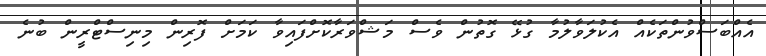
އެއްބަސްވުންތަކެއް އެކުލަވާލުމާ ގުޅޭ ގޮތުން ވެސް މަޝްވަރާކޮށްފައިވާ ކަމަށް ފޮރިން މިނިސްޓްރީން ބުނެ